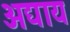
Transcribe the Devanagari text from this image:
अद्याय